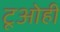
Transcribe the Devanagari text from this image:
टूओही